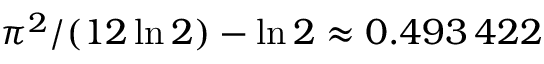
{ \pi ^ { 2 } / ( 1 2 \ln 2 ) - \ln 2 \approx 0 . 4 9 3 \, 4 2 2 }